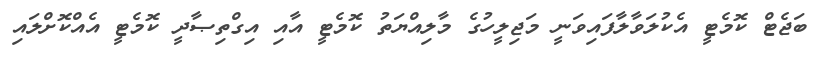
ބަޖެޓް ކޮމެޓީ އެކުލަވާލާފައިވަނީ މަޖިލީހުގެ މާލިއްޔަތު ކޮމެޓީ އާއި އިގްތިޞާދީ ކޮމެޓީ އެއްކޮށްލައި